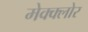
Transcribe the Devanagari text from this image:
मेक्क्लोर